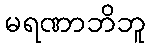
မရဏာဘိဘူ